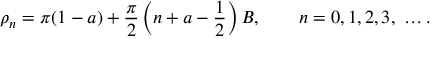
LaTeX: \rho _ { n } = \pi ( 1 - a ) + \frac { \pi } { 2 } \left( n + a - \frac { 1 } { 2 } \right) B , \qquad n = 0 , 1 , 2 , 3 , \ \dots .